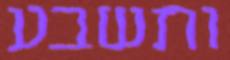
ותשבע